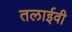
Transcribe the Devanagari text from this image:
तलाईवी